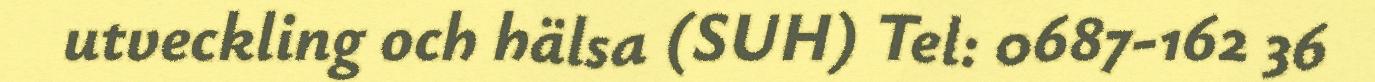
utveckling och hälsa (SUH) Tel: 0687-162 36